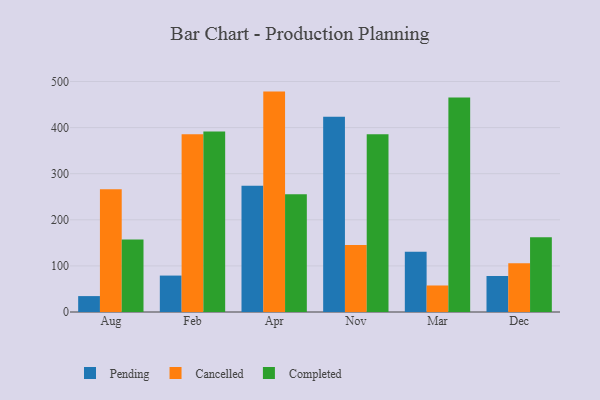
{"axis": {"x": "Month", "y": "Headcount"}, "legend": ["Cancelled", "Completed", "Pending"], "data": [{"x": "Aug", "y": 34.5, "type": "Pending"}, {"x": "Aug", "y": 266.3, "type": "Cancelled"}, {"x": "Aug", "y": 157.2, "type": "Completed"}, {"x": "Feb", "y": 79.0, "type": "Pending"}, {"x": "Feb", "y": 385.4, "type": "Cancelled"}, {"x": "Feb", "y": 391.8, "type": "Completed"}, {"x": "Apr", "y": 273.7, "type": "Pending"}, {"x": "Apr", "y": 478.1, "type": "Cancelled"}, {"x": "Apr", "y": 255.3, "type": "Completed"}, {"x": "Nov", "y": 423.8, "type": "Pending"}, {"x": "Nov", "y": 145.4, "type": "Cancelled"}, {"x": "Nov", "y": 385.4, "type": "Completed"}, {"x": "Mar", "y": 130.7, "type": "Pending"}, {"x": "Mar", "y": 57.5, "type": "Cancelled"}, {"x": "Mar", "y": 465.5, "type": "Completed"}, {"x": "Dec", "y": 78.1, "type": "Pending"}, {"x": "Dec", "y": 105.9, "type": "Cancelled"}, {"x": "Dec", "y": 161.9, "type": "Completed"}]}